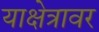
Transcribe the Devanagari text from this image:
याक्षेत्रावर